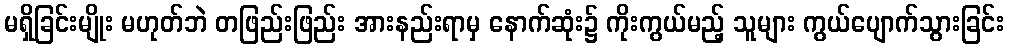
မရှိခြင်းမျိုး မဟုတ်ဘဲ တဖြည်းဖြည်း အားနည်းရာမှ နောက်ဆုံး၌ ကိုးကွယ်မည့် သူများ ကွယ်ပျောက်သွားခြင်း